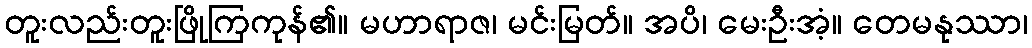
တူးလည်းတူးဖြိုကြကုန်၏။ မဟာရာဇ၊ မင်းမြတ်။ အပိ၊ မေးဦးအံ့။ တေမနုဿာ၊